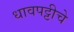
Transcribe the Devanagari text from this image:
धावपट्टीचे